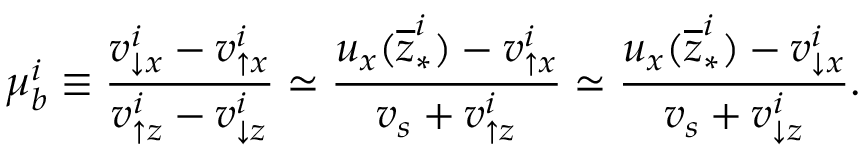
\mu _ { b } ^ { i } \equiv \frac { v _ { \downarrow x } ^ { i } - v _ { \uparrow x } ^ { i } } { v _ { \uparrow z } ^ { i } - v _ { \downarrow z } ^ { i } } \simeq \frac { u _ { x } ( \overline { { z } } _ { \ast } ^ { i } ) - v _ { \uparrow x } ^ { i } } { v _ { s } + v _ { \uparrow z } ^ { i } } \simeq \frac { u _ { x } ( \overline { { z } } _ { \ast } ^ { i } ) - v _ { \downarrow x } ^ { i } } { v _ { s } + v _ { \downarrow z } ^ { i } } .